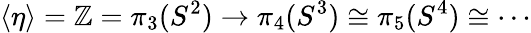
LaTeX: \langle\eta\rangle=\mathbb{Z}=\pi_{3}(S^{2})\to\pi_{4}(S^{3})\cong\pi_{5}(S^{4})\cong\cdots